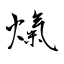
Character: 熂